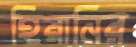
হিরানির